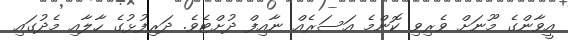
އީވާންގެ މޫނަށް ވެރިވި ކޮންމެ އަސަރެއް ނާއިފް ދުށްޓެވެ. ދަރިފުޅުގެ ހާލާއި މެދުގައި